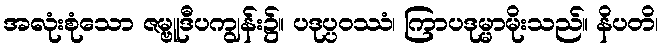
အလုံးစုံသော ဇမ္ဗူဒီပကျွန်း၌။ ပဒုပ္ပဝဿံ၊ ကြာပဒုမ္မာမိုးသည်။ နိပတိ၊